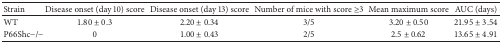
<table><thead><tr><td><b>Strain</b></td><td><b>Disease onset (day 10) score</b></td><td><b>Disease onset (day 13) score</b></td><td><b>Number of mice with score ≥3 </b></td><td><b>Mean maximum score</b></td><td><b>AUC (days)</b></td></tr></thead><tbody><tr><td>WT</td><td>1.80 ± 0.3</td><td>2.20 ± 0.34</td><td>3/5</td><td>3.20 ± 0.50</td><td>21.95 ± 3.54</td></tr><tr><td>P66Shc−/−</td><td>0</td><td>1.00 ± 0.43</td><td>2/5</td><td>2.5 ± 0.62</td><td>13.65 ± 4.91</td></tr></tbody></table>